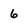
Character: 6